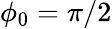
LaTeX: \phi_{0}=\pi/2